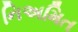
નિઅમિત